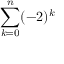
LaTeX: \sum _ { k = 0 } ^ { n } ( - 2 ) ^ { k }